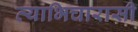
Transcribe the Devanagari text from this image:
व्याभिचारासी